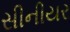
સીનીયર